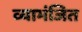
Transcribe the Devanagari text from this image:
व्याभंजित